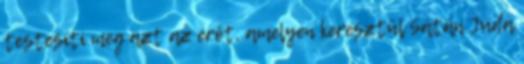
testesíti meg azt az erőt, amelyen keresztül Sátán Júda